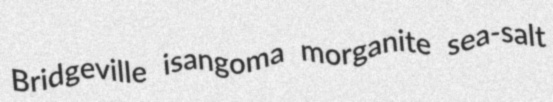
Bridgeville isangoma morganite sea-salt